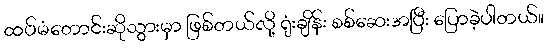
ထပ်မံတောင်းဆိုသွားမှာ ဖြစ်တယ်လို့ ရုံးချိန်း စစ်ဆေးအပြီး ပြောခဲ့ပါတယ်။